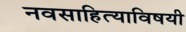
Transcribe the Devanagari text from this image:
नवसाहित्याविषयी